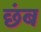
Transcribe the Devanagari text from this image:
छंब